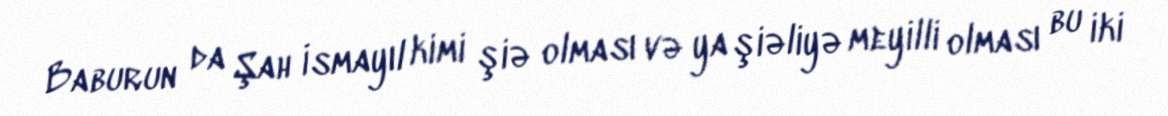
Baburun da Şah İsmayıl kimi şiə olması və ya şiəliyə meyilli olması bu iki